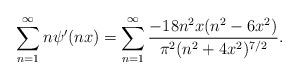
LaTeX: \begin{align*} \sum_{n=1}^{\infty} n \psi'(nx) = \sum_{n=1}^{\infty} \frac{-18n^{2} x (n^{2}-6x^{2})}{\pi^{2} (n^{2} + 4x^{2})^{7/2}}.\end{align*}